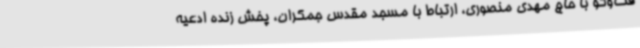
فت‌وگو با حاج مهدی منصوری، ارتباط با مسجد مقدس جمکران، پخش زنده ادعیه